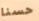
حسنا